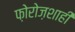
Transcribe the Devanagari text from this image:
फ़ोरोज़शाही